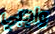
واجبي